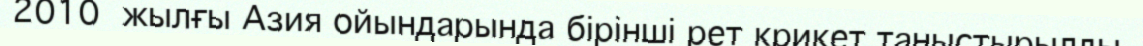
2010 жылғы Азия ойындарында бірінші рет крикет таныстырылды.